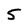
Character: 5